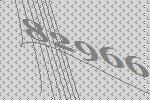
82966